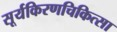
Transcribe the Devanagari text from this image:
सूर्यकिरणचिकित्सा